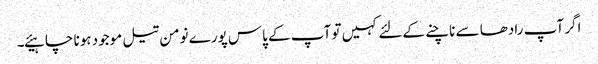
اگر آپ رادھا سے ناچنے کےلئے کہیں تو آپ کے پاس پورے نومن تیل موجود ہونا چا ہیئے۔